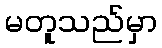
မတူသည်မှာ